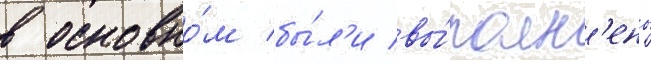
в основно́м бы́л'и вы́полн'ены